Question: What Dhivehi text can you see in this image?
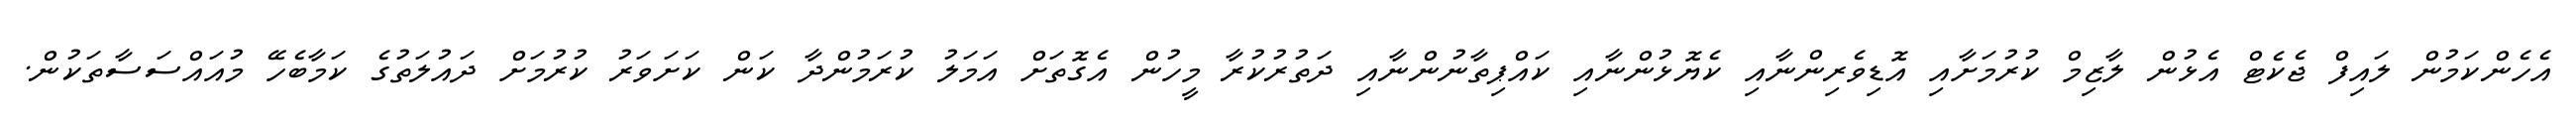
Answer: އެހެންކަމުން ލައިފް ޖެކެޓް އެޅުން ލާޒިމް ކުރުމަށާއި އޮޑިވެރިންނާއި ކެޔޮޅުންނާއި ކައްޕިތާނުންނާއި ދަތުރުކުރާ މީހުން އެގޮތަށް އަމަލު ކުރަމުންދާ ކަން ކަށަވަރު ކުރުމަށް ދައުލަތުގެ ކަމާބެހޭ މުއައްސަސާތަކުން.